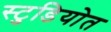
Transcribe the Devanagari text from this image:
स्टुडियोत